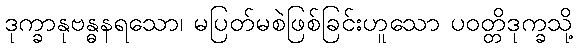
ဒုက္ခာနုဗန္ဓနရသော၊ မပြတ်မစဲဖြစ်ခြင်းဟူသော ပဝတ္တိဒုက္ခသို့